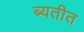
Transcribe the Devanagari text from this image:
ब्यतीत